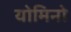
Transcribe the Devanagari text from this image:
योमिनो